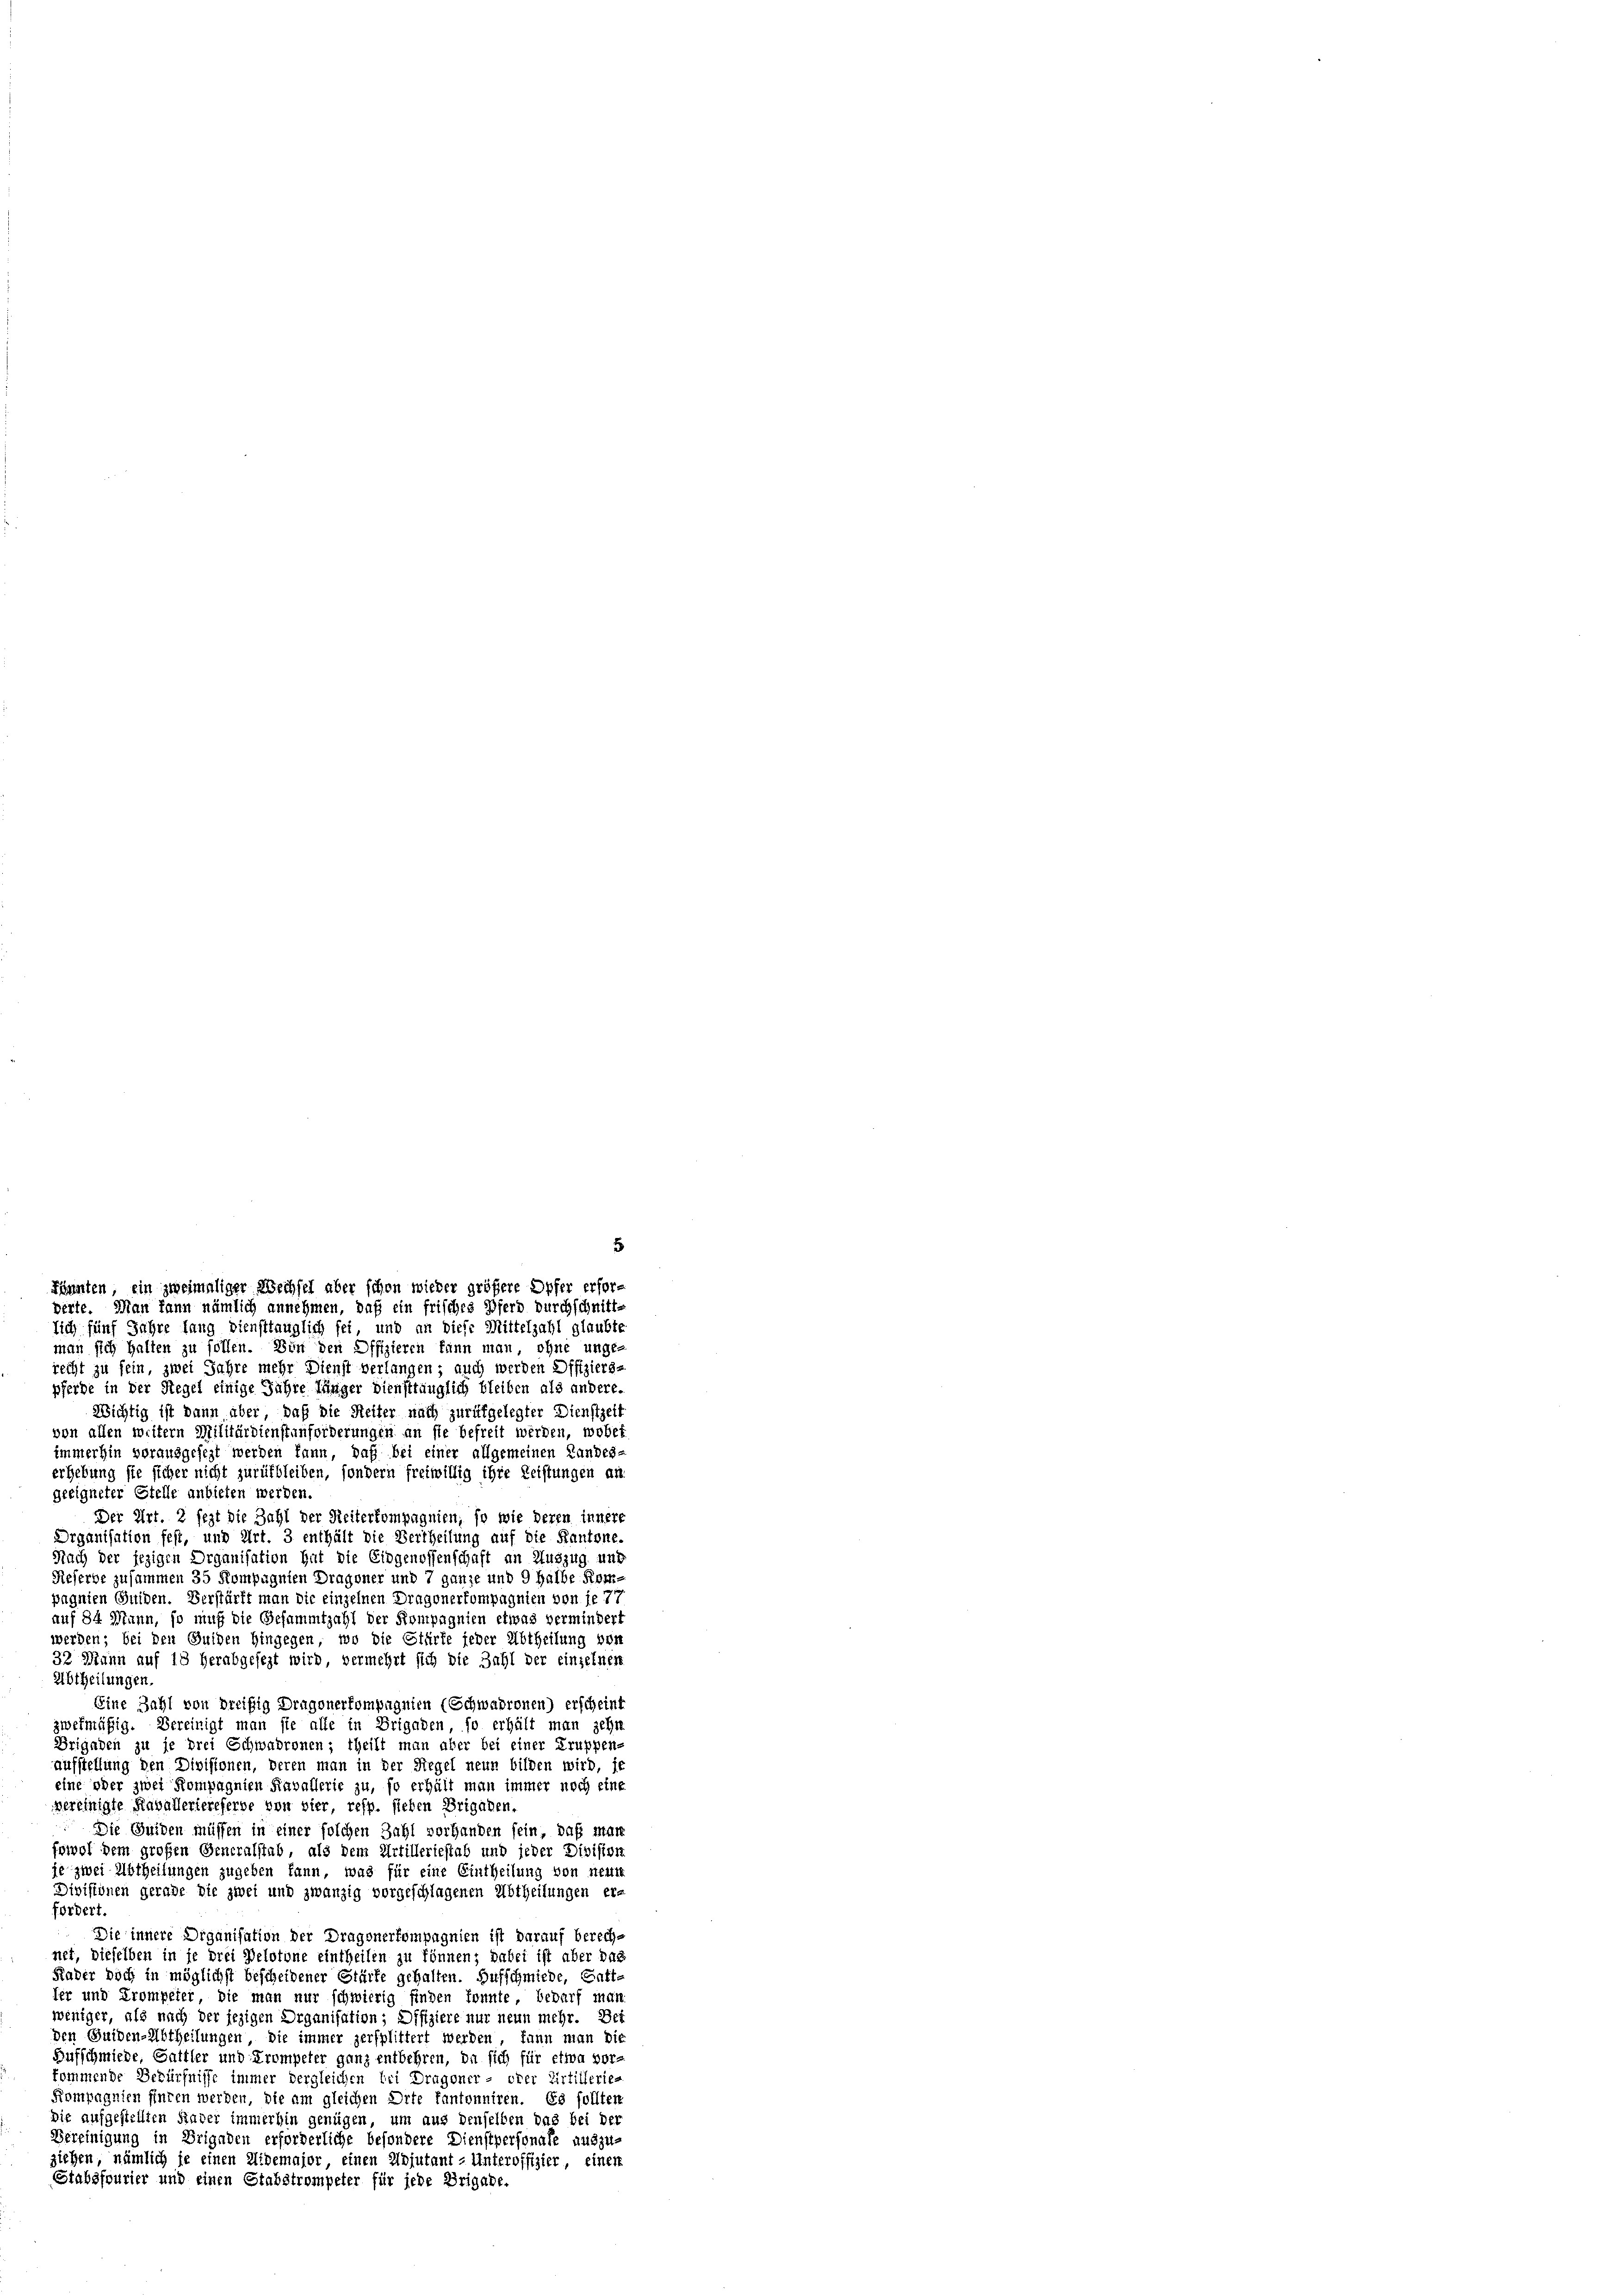
man sich halten zu sollen. Von den Offizieren kann man, ohne unge-
recht zu sein, zwei Jahre mehr Dienst verlangen; auch werden Offiziers-
pferde in der Stegel einige Jahre länger Diensttänglich bleiben als andere
Nichtig ist dann über, daß die Reiter nach zurükgelegter Dienstzeit
von allen weitern Militärdienstenforderungen an sie befreit werden, wobei
immerhin vorausgesezt werden kann, daß bei einer allgemeinen Landes-
erhebung sie sicher nicht zurückbleiben, sondern freiwillig ihre Leistungen an.
geeigneter Stelle anbieten werden.
Der Art. 2 sezt die Zahl der Reiterkompagnien, so wie deren innere
Organisation fest, und Art. 3 enthält die Vertheilung auf die Kantone
Nach der jezigen Organisation hat die Eidgenossenschaft an Auszug und
Reserbe zusammen 35 Kompagnien Dragoner und 7 ganze und 9 Halbe Kompagnien Guiden. Verstärft man die einzelnen Dragonerkompagnien von je 77
auf 84 Mann, so muß die Gesammtzahl der Kompagnien etwas vermindert
werden; bei den Buchen hingegen, wo die Stürfe jeder Abtheilung von
32 Mann auf 18 herabgesezt wird, vermehrt sich die Zahl der einzelnen
Abtheilungen.
Eine Zahl von breißig Dragonerkompagnien (Schwadronen) erscheint
zwekmäßig. Bereinigt man sie alle in Brigaden, so erhält man zehn
Brigaben zu je drei Schwadronen; theilt man aber bei einer Truppen-
aufstellung den Divisionen, deren man in der Regel neun bilden wird, je
eine oder zwei Kompagnien Havallerie zu, so erhält man immer noch eine
vereinigte Raballeriereferbe von vier, resp. sieben Brigaben.
Die Guiden müssen in einer solchen Zahl vorhanden sein, daß man
schwol dem großen Generalstab, als dem Artilleriestab und jeder Division
je zwei Abtheilungen zugeben kann, was für eine Eintheilung von neun
Divisionen gerade die zwei und zwanzig vorgeschlagenen Abtheilungen er-
fordert
Die innere Organisation der Dragonerkompagnien ist darauf berechnet, dieselben in je drei Velotone eintheilen zu können; dabei ist aber das
Rader doch in möglichst bescheidener Stärke gehalten. Hufschmiede, Gatte
ler und Trompeier, die man nur schwierig finden konnte bedarf man
weniger, als nach der jezigen Organisation; Difiziere nur neun mehr. Bei
den Guiden-Abtheilungen, die immer zersplittert werden, kann man di
Hufschmiede, Gattler und Krompeter ganz entbehren, da sich für etwa vor-
kommende Bedürfnisse immer dergleichen bei Dragoner- oder Artillerie-
Kompagnien füren werden, die am gleichen Orte kantonniren. Es sollten
Die aufgestellten Rader immerhin genügen, um aus denselben das bei der
Vereinigung in Brigaden erforderliche besondere Dienstpersonale auszu-
ziehen, nämlich je einen Widemajor einen Adjutant-Unteroffizier, einer
Stabsfourier und einen Stabstrompeter für jede Brigabe.

5
kännten, ein zweimaliger Wechsel aber schon wieder größere Opfer erforderte. Man kann nämlich annehmen, daß ein frisches Pferd durchschnittlich fünf Jahre fang diensttauglich sei und an diese Mittelzahl glaubte